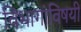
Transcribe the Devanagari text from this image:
विभागांविषयी